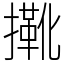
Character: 𢶤